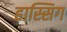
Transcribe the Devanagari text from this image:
हास्सिग